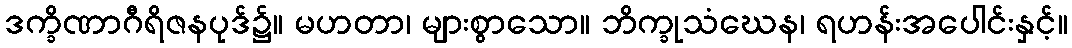
ဒက္ခိဏာဂီရိဇနပုဒ်၌။ မဟတာ၊ များစွာသော။ ဘိက္ခုသံဃေန၊ ရဟန်းအပေါင်းနှင့်။